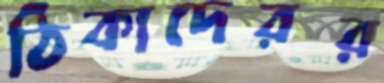
ঠিকাদেরর